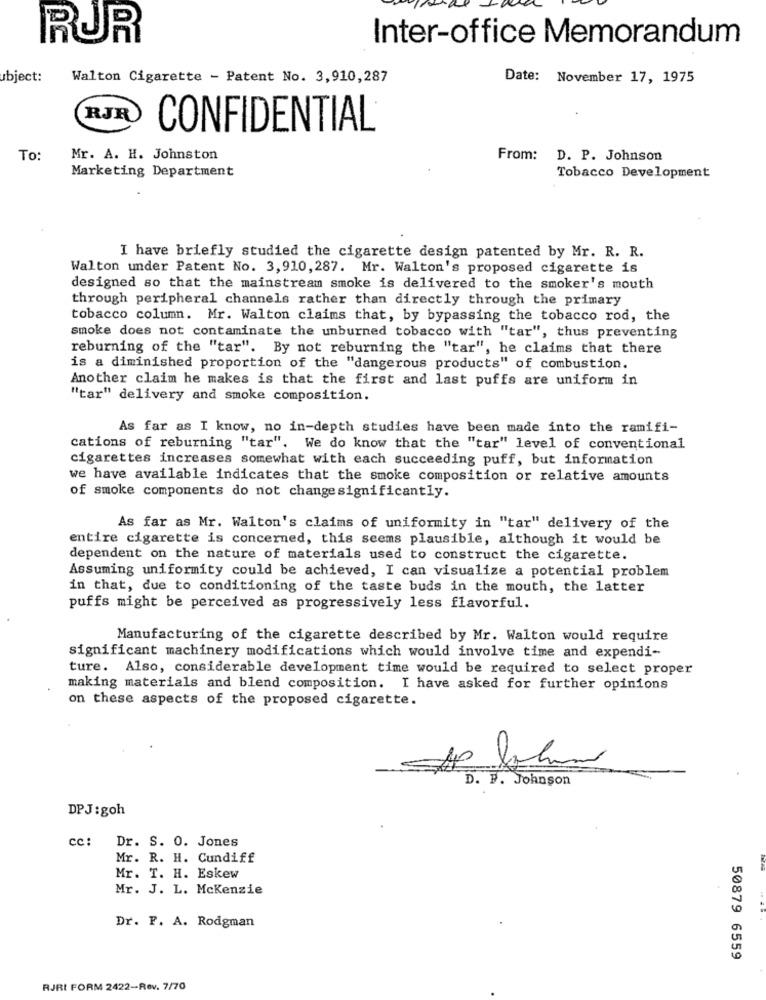
RUR
Inter-office Memorandum
ubject:
Walton Cigarette - Patent No. 3,910,287
Date: November 17, 1975
RJR
CONFIDENTIAL
To:
Mr. A. H. Johnston
From: D. P. Johnson
Marketing Department
Tobacco Development
I have briefly studied the cigarette design patented by Mr. R. R.
Walton under Patent No. 3,910,287. Mr. Walton's proposed cigarette is
designed so that the mainstream smoke is delivered to the smoker's mouth
through peripheral channels rather than directly through the primary
tobacco column. Mr. Walton claims that, by bypassing the tobacco rod, the
smoke does not contaminate the unburned tobacco with "tar", thus preventing
reburning of the "tar". By not reburning the "tar", he claims that there
is a diminished proportion of the "dangerous products" of combustion.
Another claim he makes is that the first and last puffs are uniform in
"tar" delivery and smoke composition.
As far as I know, no in-depth studies have been made into the ramifi-
cations of reburning "tar". We do know that the "tar" level of conventional
cigarettes increases somewhat with each succeeding puff, but information
we have available indicates that the smoke composition or relative amounts
of smoke components do not changesignificantly.
As far as Mr. Walton's claims of uniformity in "tar" delivery of the
entire cigarette is concerned, this seems plausible, although it would be
dependent on the nature of materials used to construct the cigarette.
Assuming uniformity could be achieved, I can visualize a potential problem
in that, due to conditioning of the taste buds in the mouth, the latter
puffs might be perceived as progressively less flavorful.
Manufacturing of the cigarette described by Mr. Walton would require
significant machinery modifications which would involve time and expendi-
ture. Also, considerable development time would be required to select proper
making materials and blend composition. I have asked for further opinions
on these aspects of the proposed cigarette.
0
D. P. Johnson
DPJ: goh
cc :
Dr. S. 0. Jones
Mr. R. H. Cundiff
Mr. T. H. Eskew
Mr. J. L. Mckenzie
Dr. F. A. Rodgman
50879 6559
RJRI FORM 2422-Rev. 7/70